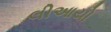
લીઆયો